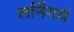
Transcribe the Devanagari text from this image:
लर्निंगचं